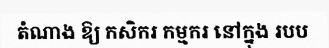
តំណាង ឱ្យ កសិករ កម្មករ នៅក្នុង របប